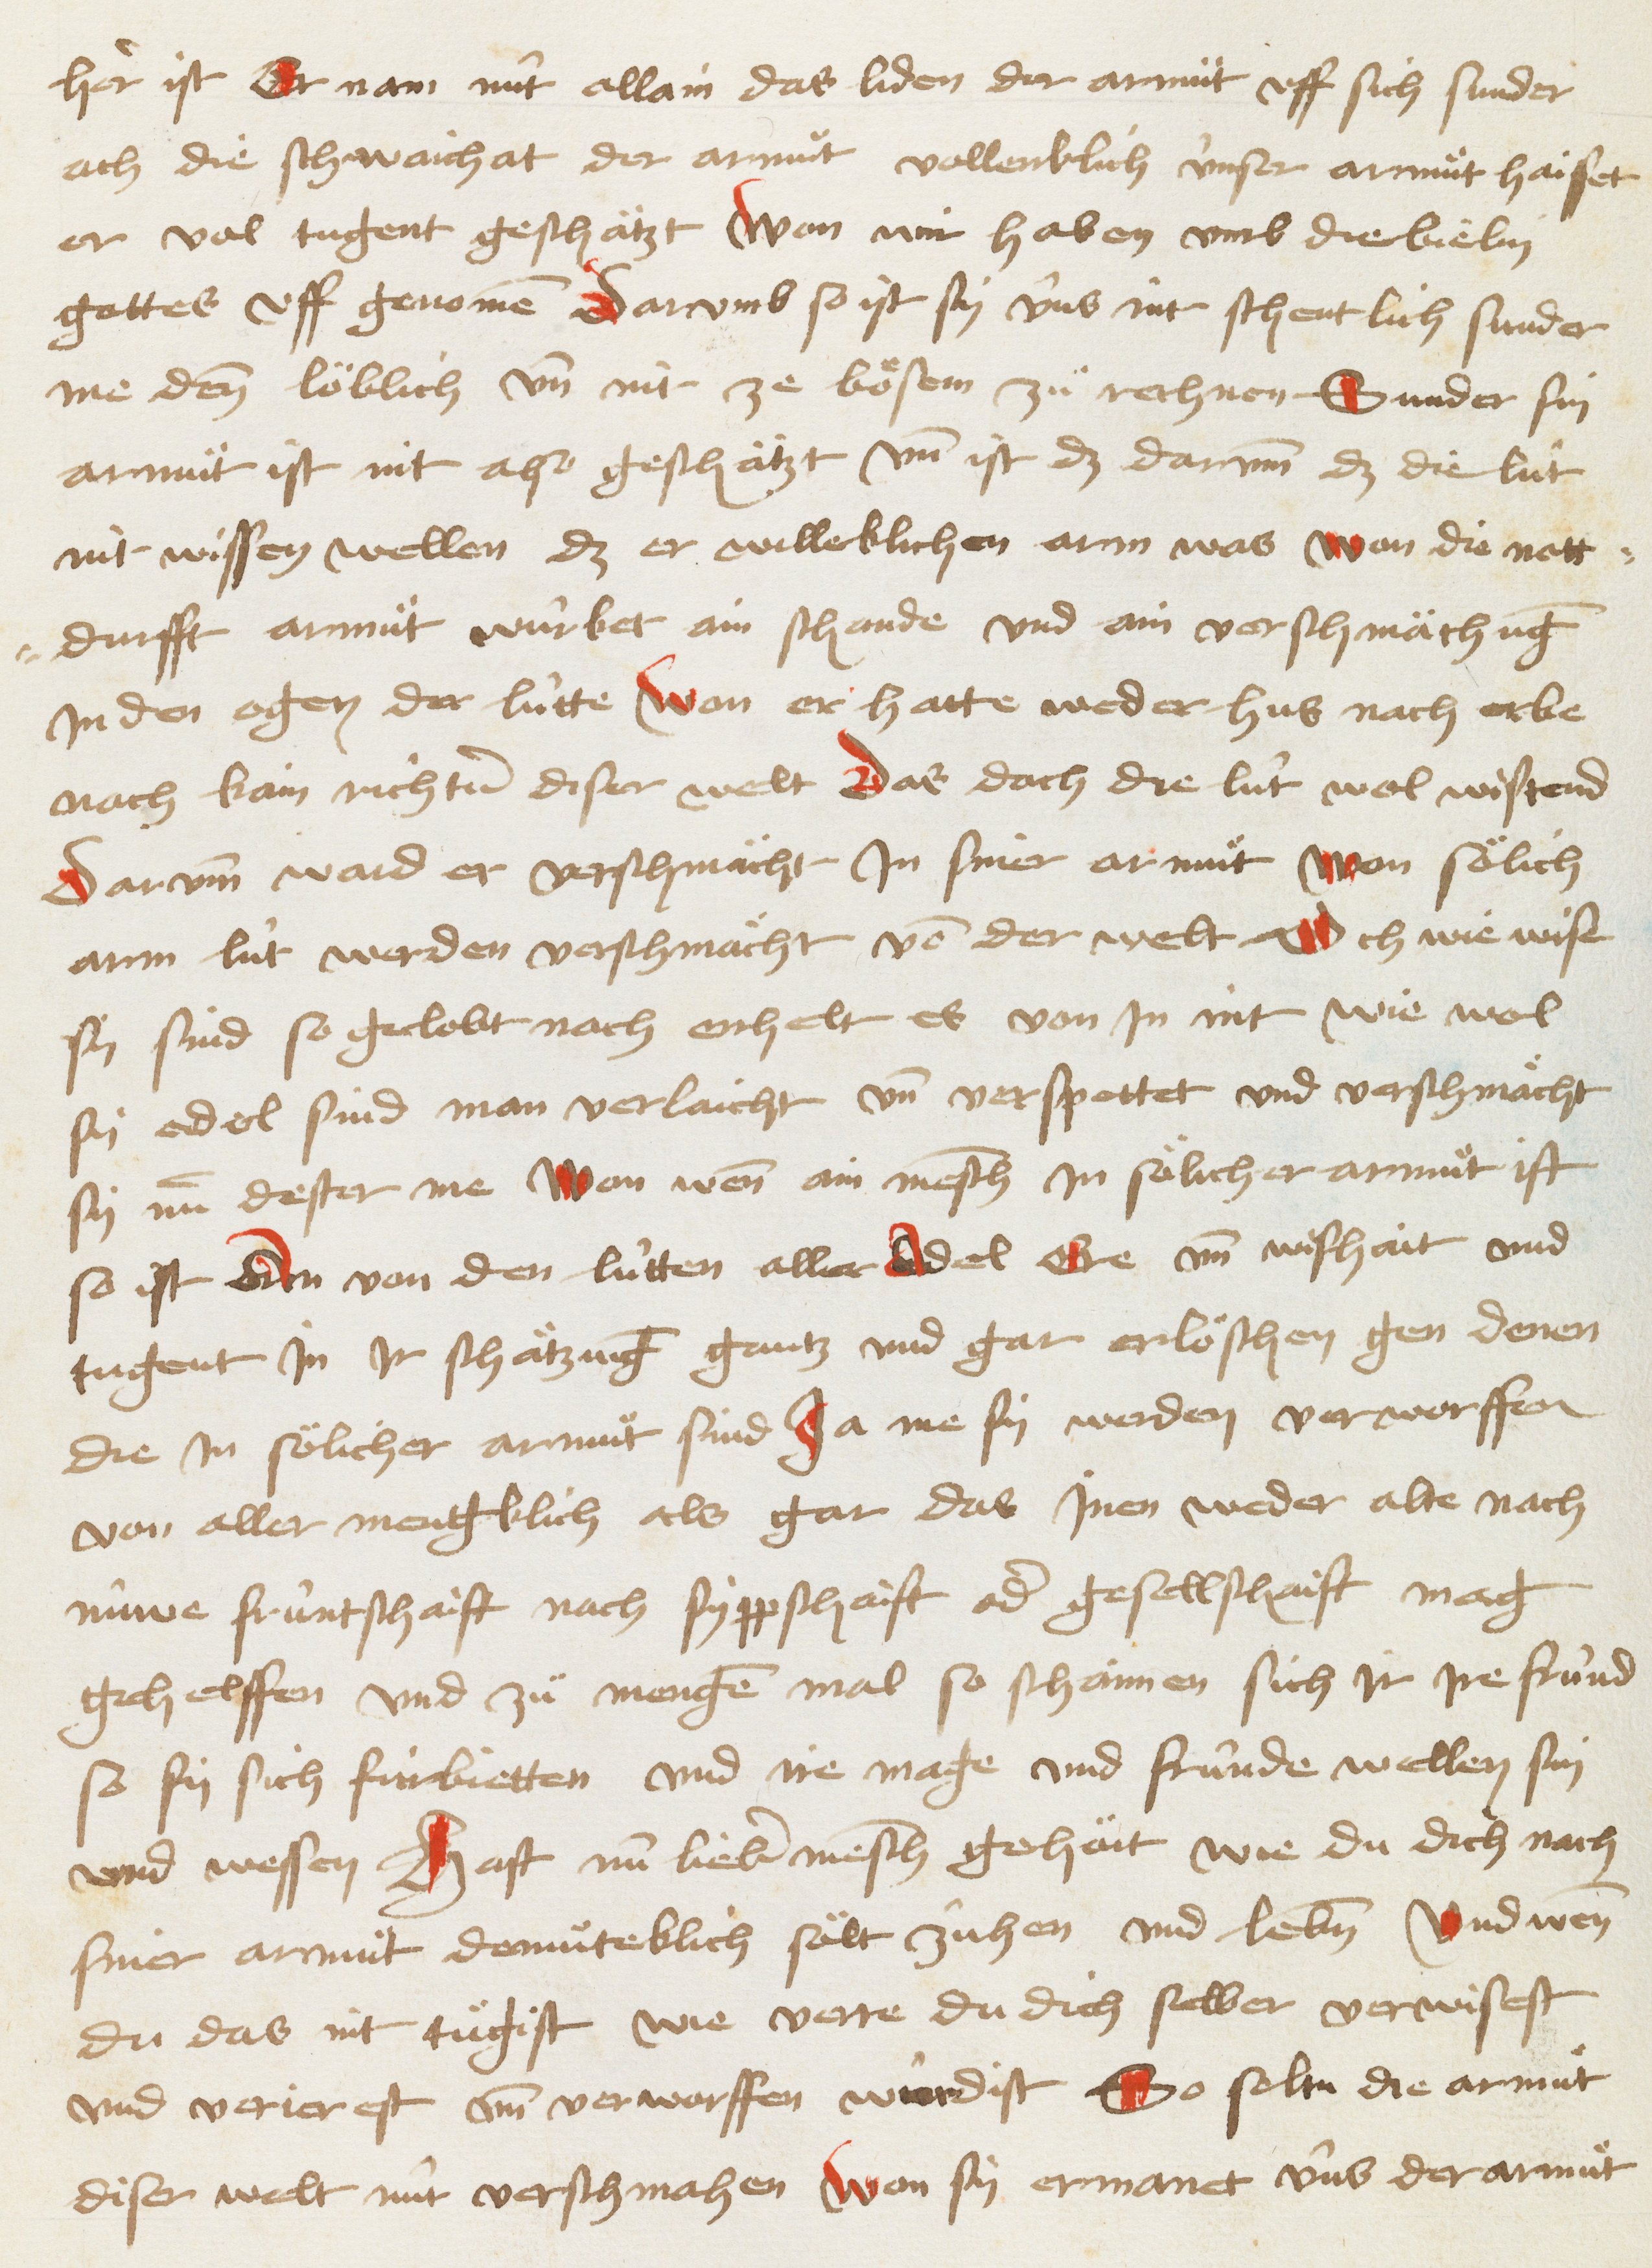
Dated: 1467–1467